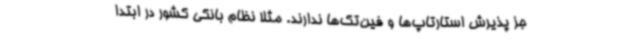
جز پذیرش استارتاپ‌ها و فین‌تک‌ها ندارند. مثلا نظام بانکی کشور در ابتدا